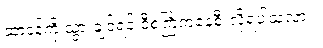
ဆာဒန်ကို သွားချင်ရင် ဒီစင်္ကြံကနေစီးလို့ရပါသလား။